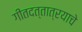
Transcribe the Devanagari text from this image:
गीतदत्तात्रयाचे